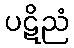
ပဋိညံ